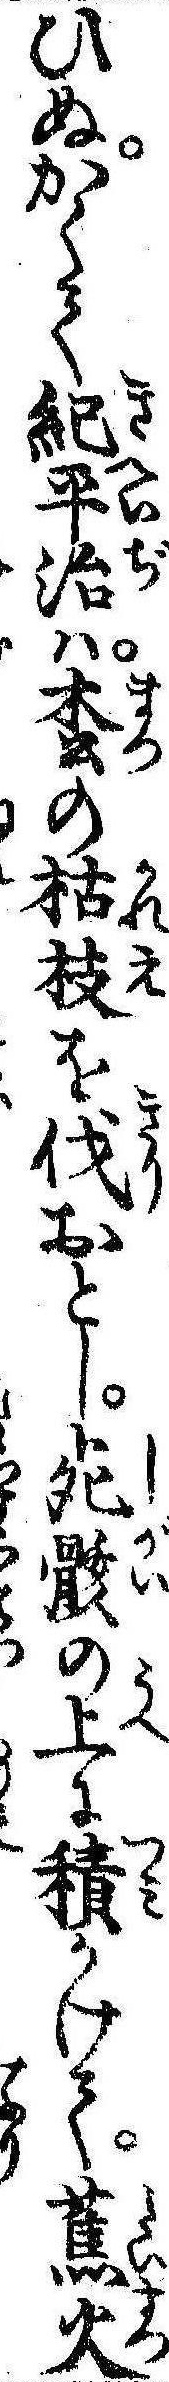
ひぬかくて紀平治は松の枯枝を伐おとし死骸の上に積かけて蕉火